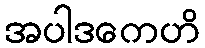
အပါဒကေဟိ